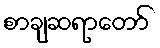
စာချဆရာတော်